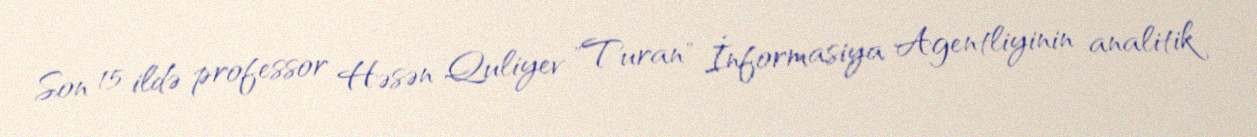
Son 15 ildə professor Həsən Quliyev "Turan" İnformasiya Agentliyinin analitik